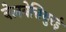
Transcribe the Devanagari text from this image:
वेलवेत्तिथुरई